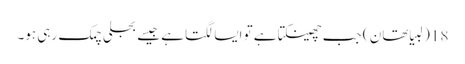
18 (لبیا تھان ) جب چھینکتا ہے تو ایسا لگتا ہے جیسے بجلی چمک رہی ہو۔